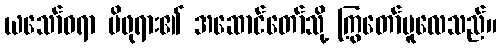
ယသော်ဓရာ မိဖုရား၏ အဆောင်တော်သို့ ကြွတော်မူလေသည်။